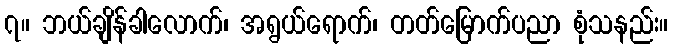
၇။ ဘယ်ချိန်ခါလောက်၊ အရွယ်ရောက်၊ တတ်မြောက်ပညာ စုံသနည်း။